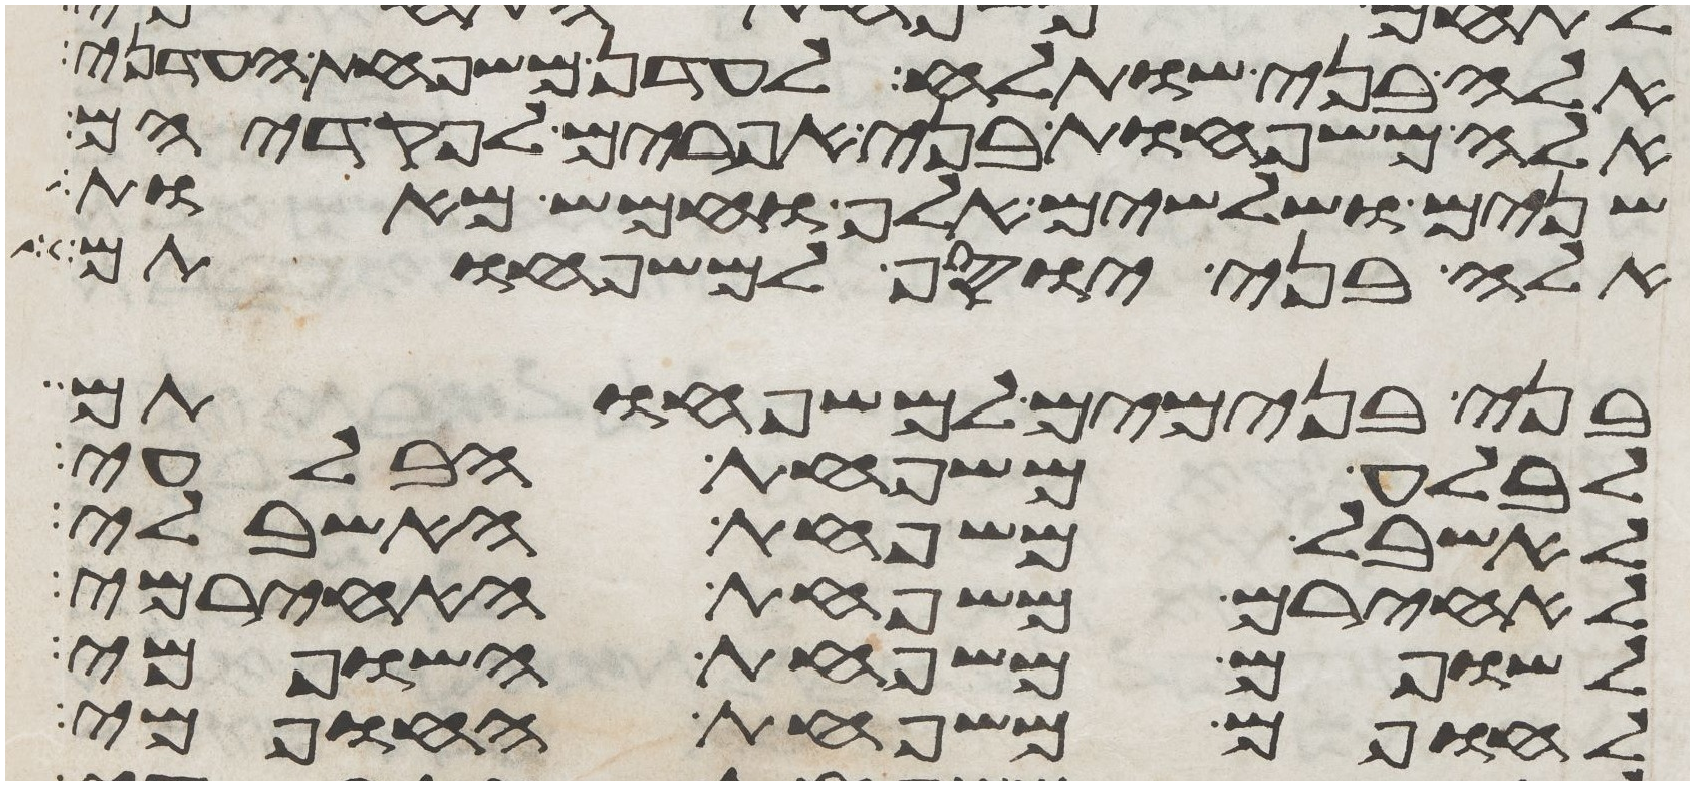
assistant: אלה בני שותלח לעדן משפחת העדני
אלה משפחות בני אפרים לפקדיהם
שנים ושלשים אלף וחמש מאות
אלה בני יוסף למשפחותם
בני בנימים למשפחותם
לבלע משפחת הבלעי
לאשבל משפחת האשבלי
לאחירם משפחת האחירמי
לשופם משפחת השופמי
לחופם משפחת החופמי